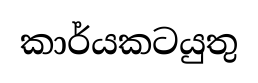
කාර්යකටයුතු